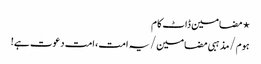
⋆ مضامین ڈاٹ کام
ہوم/مذہبی مضامین/یہ امت، امت دعوت ہے!